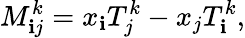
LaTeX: M_{\mathbf{i}j}^{k}=x_{\mathbf{i}}T_{j}^{k}-x_{j}T_{\mathbf{i}}^{k},